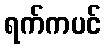
ရက်ကပင်